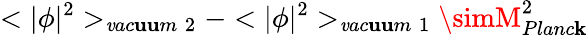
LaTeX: <|\phi|^{2}>_{\mathit{v}ac\mathbf{u}\mathbf{u}m\; 2}-<|\phi|^{2}>_{\mathit{v}ac\mathbf{u}\mathbf{u}m\; 1}\simM_{Planc\mathbf{k}}^{2}